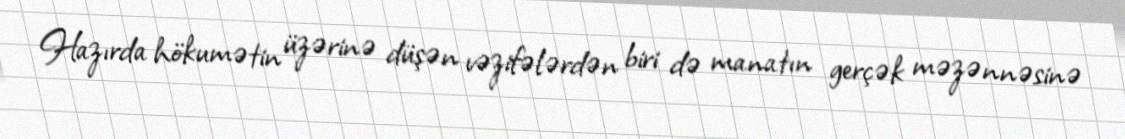
Hazırda hökumətin üzərinə düşən vəzifələrdən biri də manatın gerçək məzənnəsinə